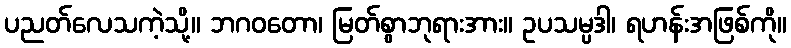
ပညတ်လေသကဲ့သို့။ ဘဂဝတော၊ မြတ်စွာဘုရားအား။ ဥပသမ္ပဒါ၊ ရဟန်းအဖြစ်ကို။